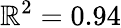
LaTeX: \mathbb{R}^{2}=0.94